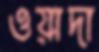
ওয়াদা